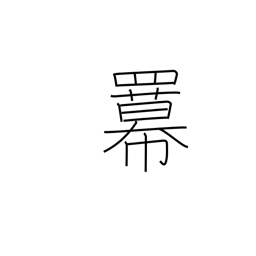
Meaning: power